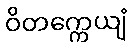
ဝိတက္ကေယျံ